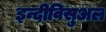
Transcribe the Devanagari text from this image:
इन्दीविसुअल